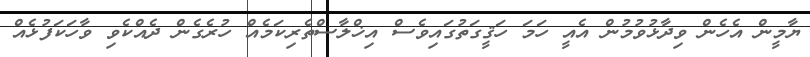
ޔާމީން އެހެން ވިދާޅުވުމުން އެއީ ހަމަ ހަޤީގަތުގައިވެސް އިޚްލާސްތެރިކަމެއް ހުރެގެން ދެއްކެވި ވާހަކަފުޅެއް